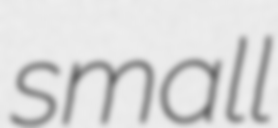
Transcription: small